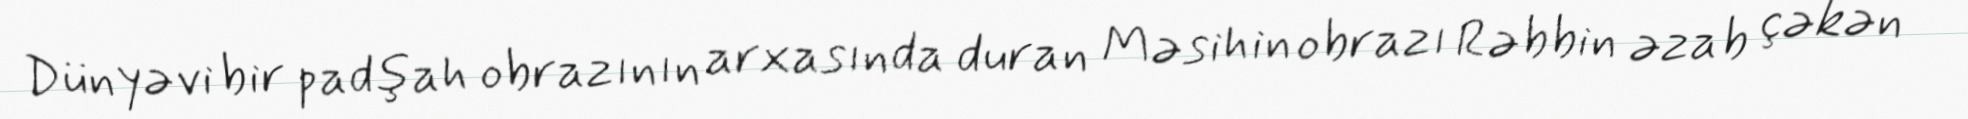
Dünyəvi bir padşah obrazının arxasında duran Məsihin obrazı Rəbbin əzab çəkən